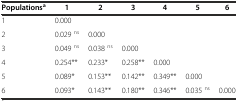
<table><thead><tr><td><b>Populations<sup>a</sup></b></td><td><b>1</b></td><td><b>2</b></td><td><b>3</b></td><td><b>4</b></td><td><b>5</b></td><td><b>6</b></td></tr></thead><tbody><tr><td>1</td><td>0.000</td><td>[EMPTY_CELL]</td><td>[EMPTY_CELL]</td><td>[EMPTY_CELL]</td><td>[EMPTY_CELL]</td><td>[EMPTY_CELL]</td></tr><tr><td>2</td><td>0.029 <sup>ns</sup></td><td>0.000</td><td>[EMPTY_CELL]</td><td>[EMPTY_CELL]</td><td>[EMPTY_CELL]</td><td>[EMPTY_CELL]</td></tr><tr><td>3</td><td>0.049 <sup>ns</sup></td><td>0.038 <sup>ns</sup></td><td>0.000</td><td>[EMPTY_CELL]</td><td>[EMPTY_CELL]</td><td>[EMPTY_CELL]</td></tr><tr><td>4</td><td>0.254**</td><td>0.233*</td><td>0.258**</td><td>0.000</td><td>[EMPTY_CELL]</td><td>[EMPTY_CELL]</td></tr><tr><td>5</td><td>0.089*</td><td>0.153**</td><td>0.142**</td><td>0.349**</td><td>0.000</td><td>[EMPTY_CELL]</td></tr><tr><td>6</td><td>0.093*</td><td>0.143**</td><td>0.180**</td><td>0.346**</td><td>0.035 <sup>ns</sup></td><td>0.000</td></tr></tbody></table>